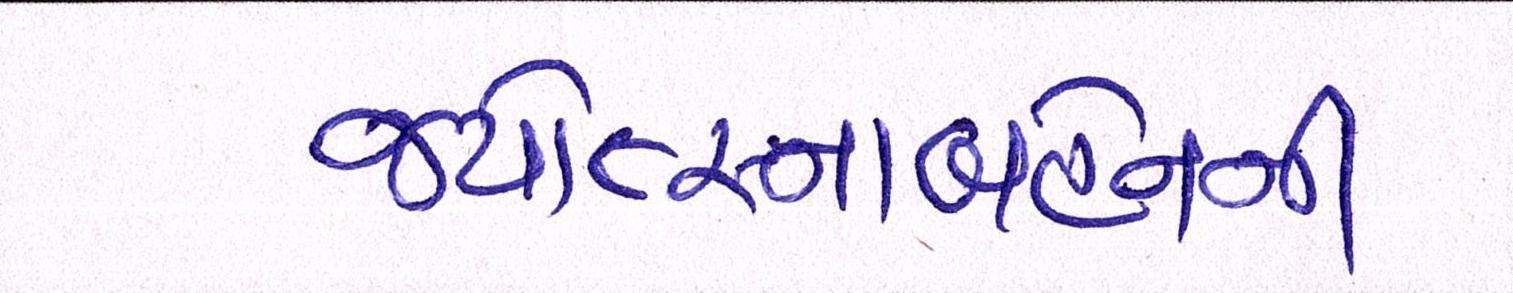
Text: જ્યોત્સ્નાબહેનની